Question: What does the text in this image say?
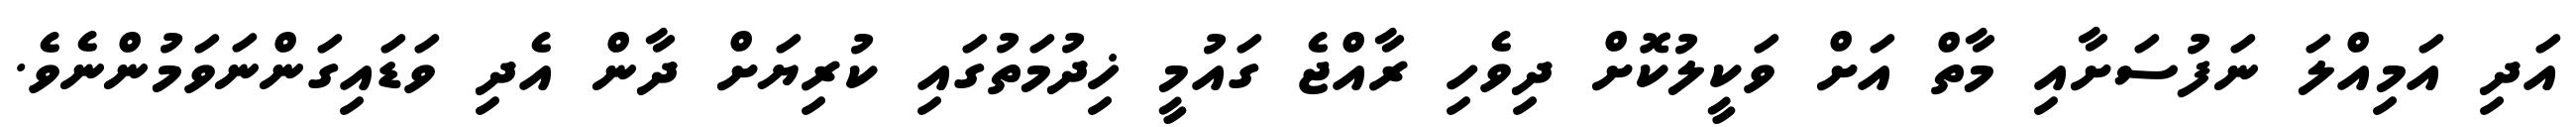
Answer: އަދި އަމިއްލަ ނަފުސަށާއި މާތް އަށް ވަކީލުކޮށް ދިވެހި ރާއްޖެ ގައުމީ ޚިދުމަތުގައި ކުރިޔަށް ދާން އެދި ވަޑައިގަންނަވަމުންނެވެ.